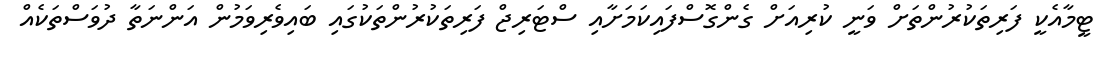
ޓީމާއެކީ ފަރިތަކުރުންތަށް ވަނީ ކުރިއަށް ގެންގޮސްފައިކަމަށާއި ސްޓަރިޖް ފަރިތަކުރުންތަކުގައި ބައިވެރިވަމުން އަންނަތާ ދުވަސްތަކެއް